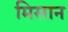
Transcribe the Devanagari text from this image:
मिसान